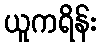
ယူကရိန်း